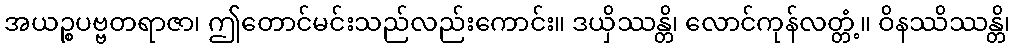
အယဉ္စပဗ္ဗတရာဇာ၊ ဤတောင်မင်းသည်လည်းကောင်း။ ဒယှိဿန္တိ၊ လောင်ကုန်လတ္တံ့။ ဝိနဿိဿန္တိ၊